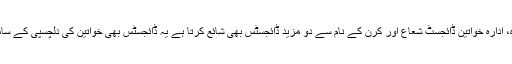
خواتین ڈائجسٹ کے علاوہ، ادارہ خواتین ڈائجسٹ شعاع اور کرن کے نام سے دو مزید ڈائجسٹس بھی شائع کرتا ہے یہ ڈائجسٹس بھی خواتین کی دلچسپی کے سامان سے مرتب ہوتے ہیں۔